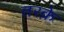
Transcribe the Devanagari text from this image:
तरक़े